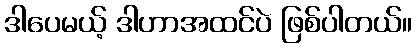
ဒါပေမယ့် ဒါဟာအထင်ပဲ ဖြစ်ပါတယ်။